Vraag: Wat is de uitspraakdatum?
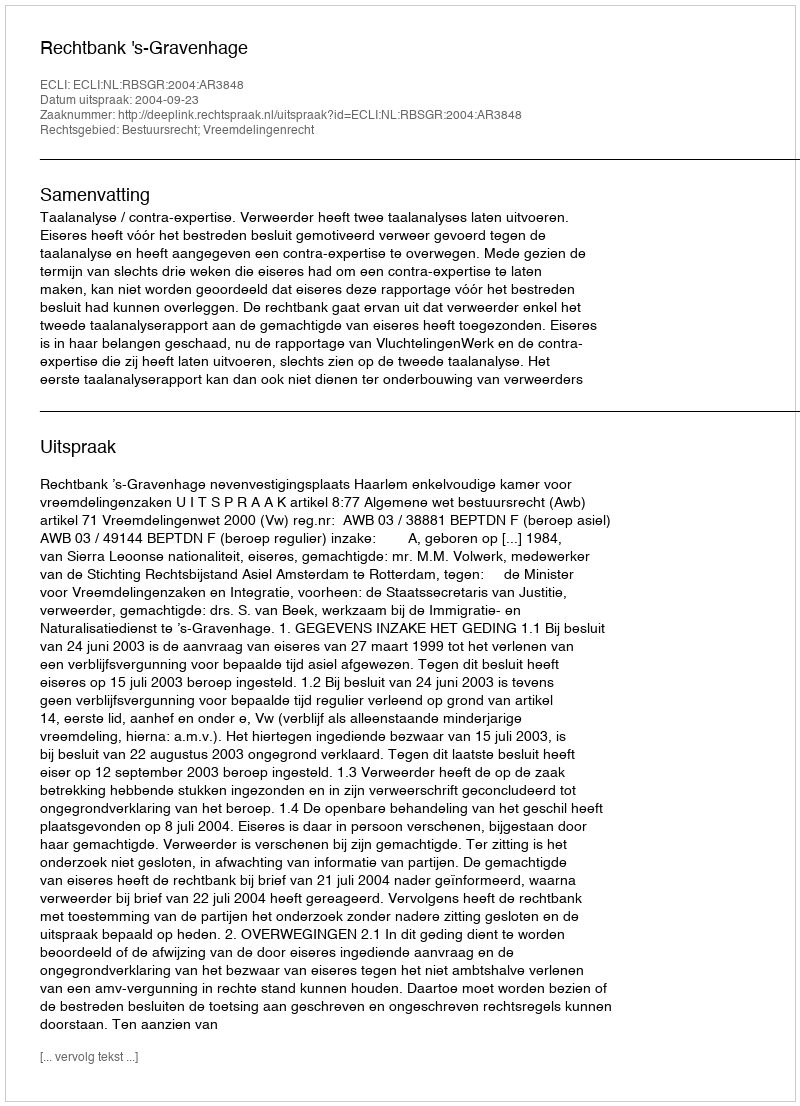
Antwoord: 2004-09-23